Civil Veterinary Department. Central Provinces & Berar 1925-31 - 1925-1931
Year: 1925
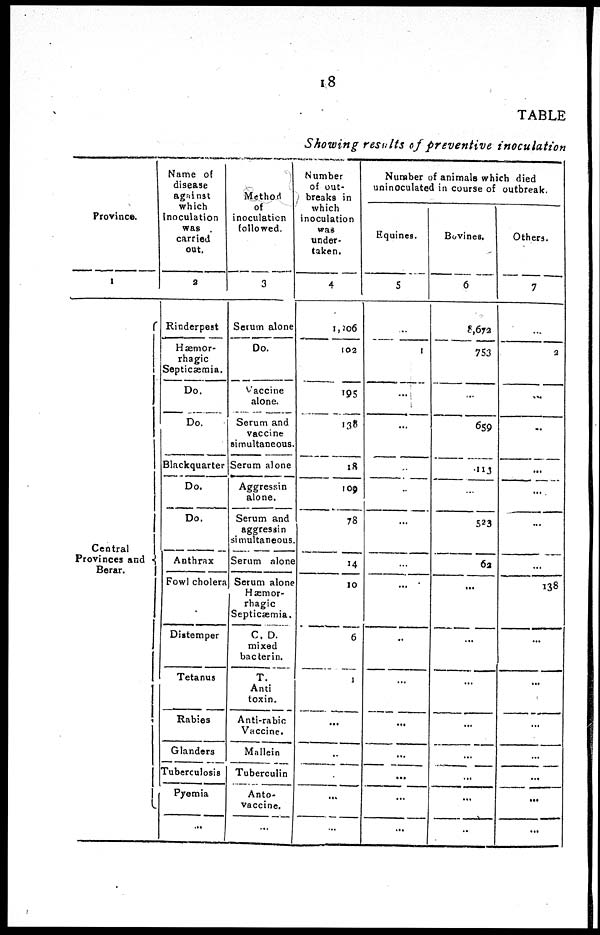
18
TABLE
Showing results of preventive
inoculation
Province.
1
Central
Provinces and
Berar.
Name of
disease
against
which
inoculation
was
carried
out.
2
Rinderpest
Hæmor-
rhagic
Septicaemia.
Do.
Do.
Blackquarter
Do.
Do.
Anthrax
Fowl cholera
Distemper
Tetanus
Rabies
Glanders
Tuberculosis
Pyemia
...
Method
of
inoculation
followed.
3
Serum alone
Do.
Vaccine
alone.
Serum and
vaccine
simultaneous.
Serum alone
Aggressin
alone.
Serum and
aggressin
simultaneous
Serum alone
Serum alone
Hæmor-
rhagic
Septicæmia.
C. D.
mixed
bacterin.
T.
Anti
toxin.
Anti-rabic
Vaccine.
Mallein
Tuberculin
Anto-
vaccine.
...
Number
of out-
breaks in
which
inoculation
was
under-
taken.
4
1,206
102
195
138
18
109
78
14
10
6
1
...
..
...
...
...
Number of animals which died
uninoculated in course of outbreak.
Equines.
5
...
1
...
...
...
...
...
...
...
..
...
...
...
...
...
...
Bovines.
6
8,672
753
...
659
113
...
523
62
...
...
...
...
...
...
...
..
Others.
7
...
2
...
...
...
...
...
...
138
...
...
...
...
...
...
...